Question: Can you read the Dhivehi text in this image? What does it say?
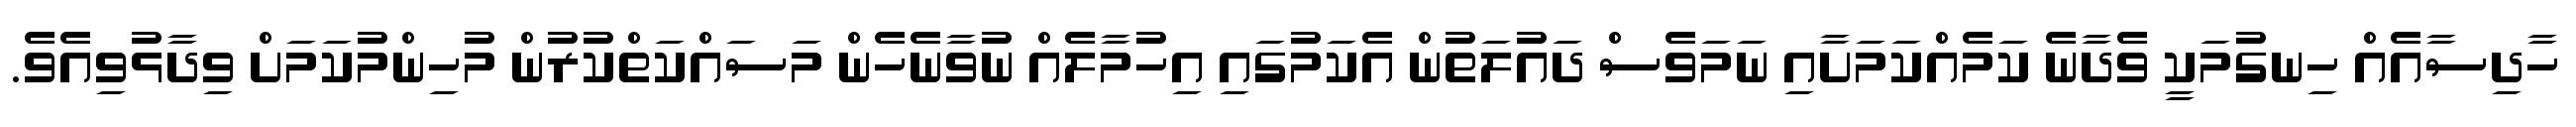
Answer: ހާދިސާއެއް ހިނގުމަކީ ވެދާނެ ކަމެއްކަމަށާއި ނަމަވެސް ދައުލަތުން އެކަމުގައި އިހުމާލެއް ނުވާނެހެން މަސައްކަތްކުރުން މުހިންމުކަމަށް ވިދާޅުވިއެވެ.